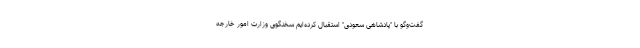
گفت‌وگو با "پادشاهی سعودی" استقبال کرده‌ایم سخنگوی وزارت امور خارجه